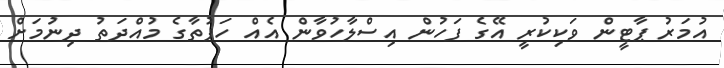
އުމަރު ޕާޓީން ވަކިކުރީ އޭގެ ފަހުން އިސްލާހުވާން އެއް ހަފުތާގެ މުއްދަތު ދިނުމަށް